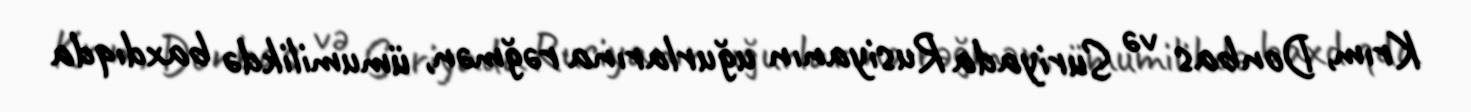
Krım, Donbas və Suriyada Rusiyanın uğurlarına rəğmən, ümumilikdə baxdıqda